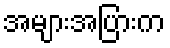
အများအပြားက